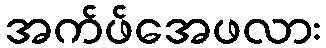
အက်ဖ်အေဖလား